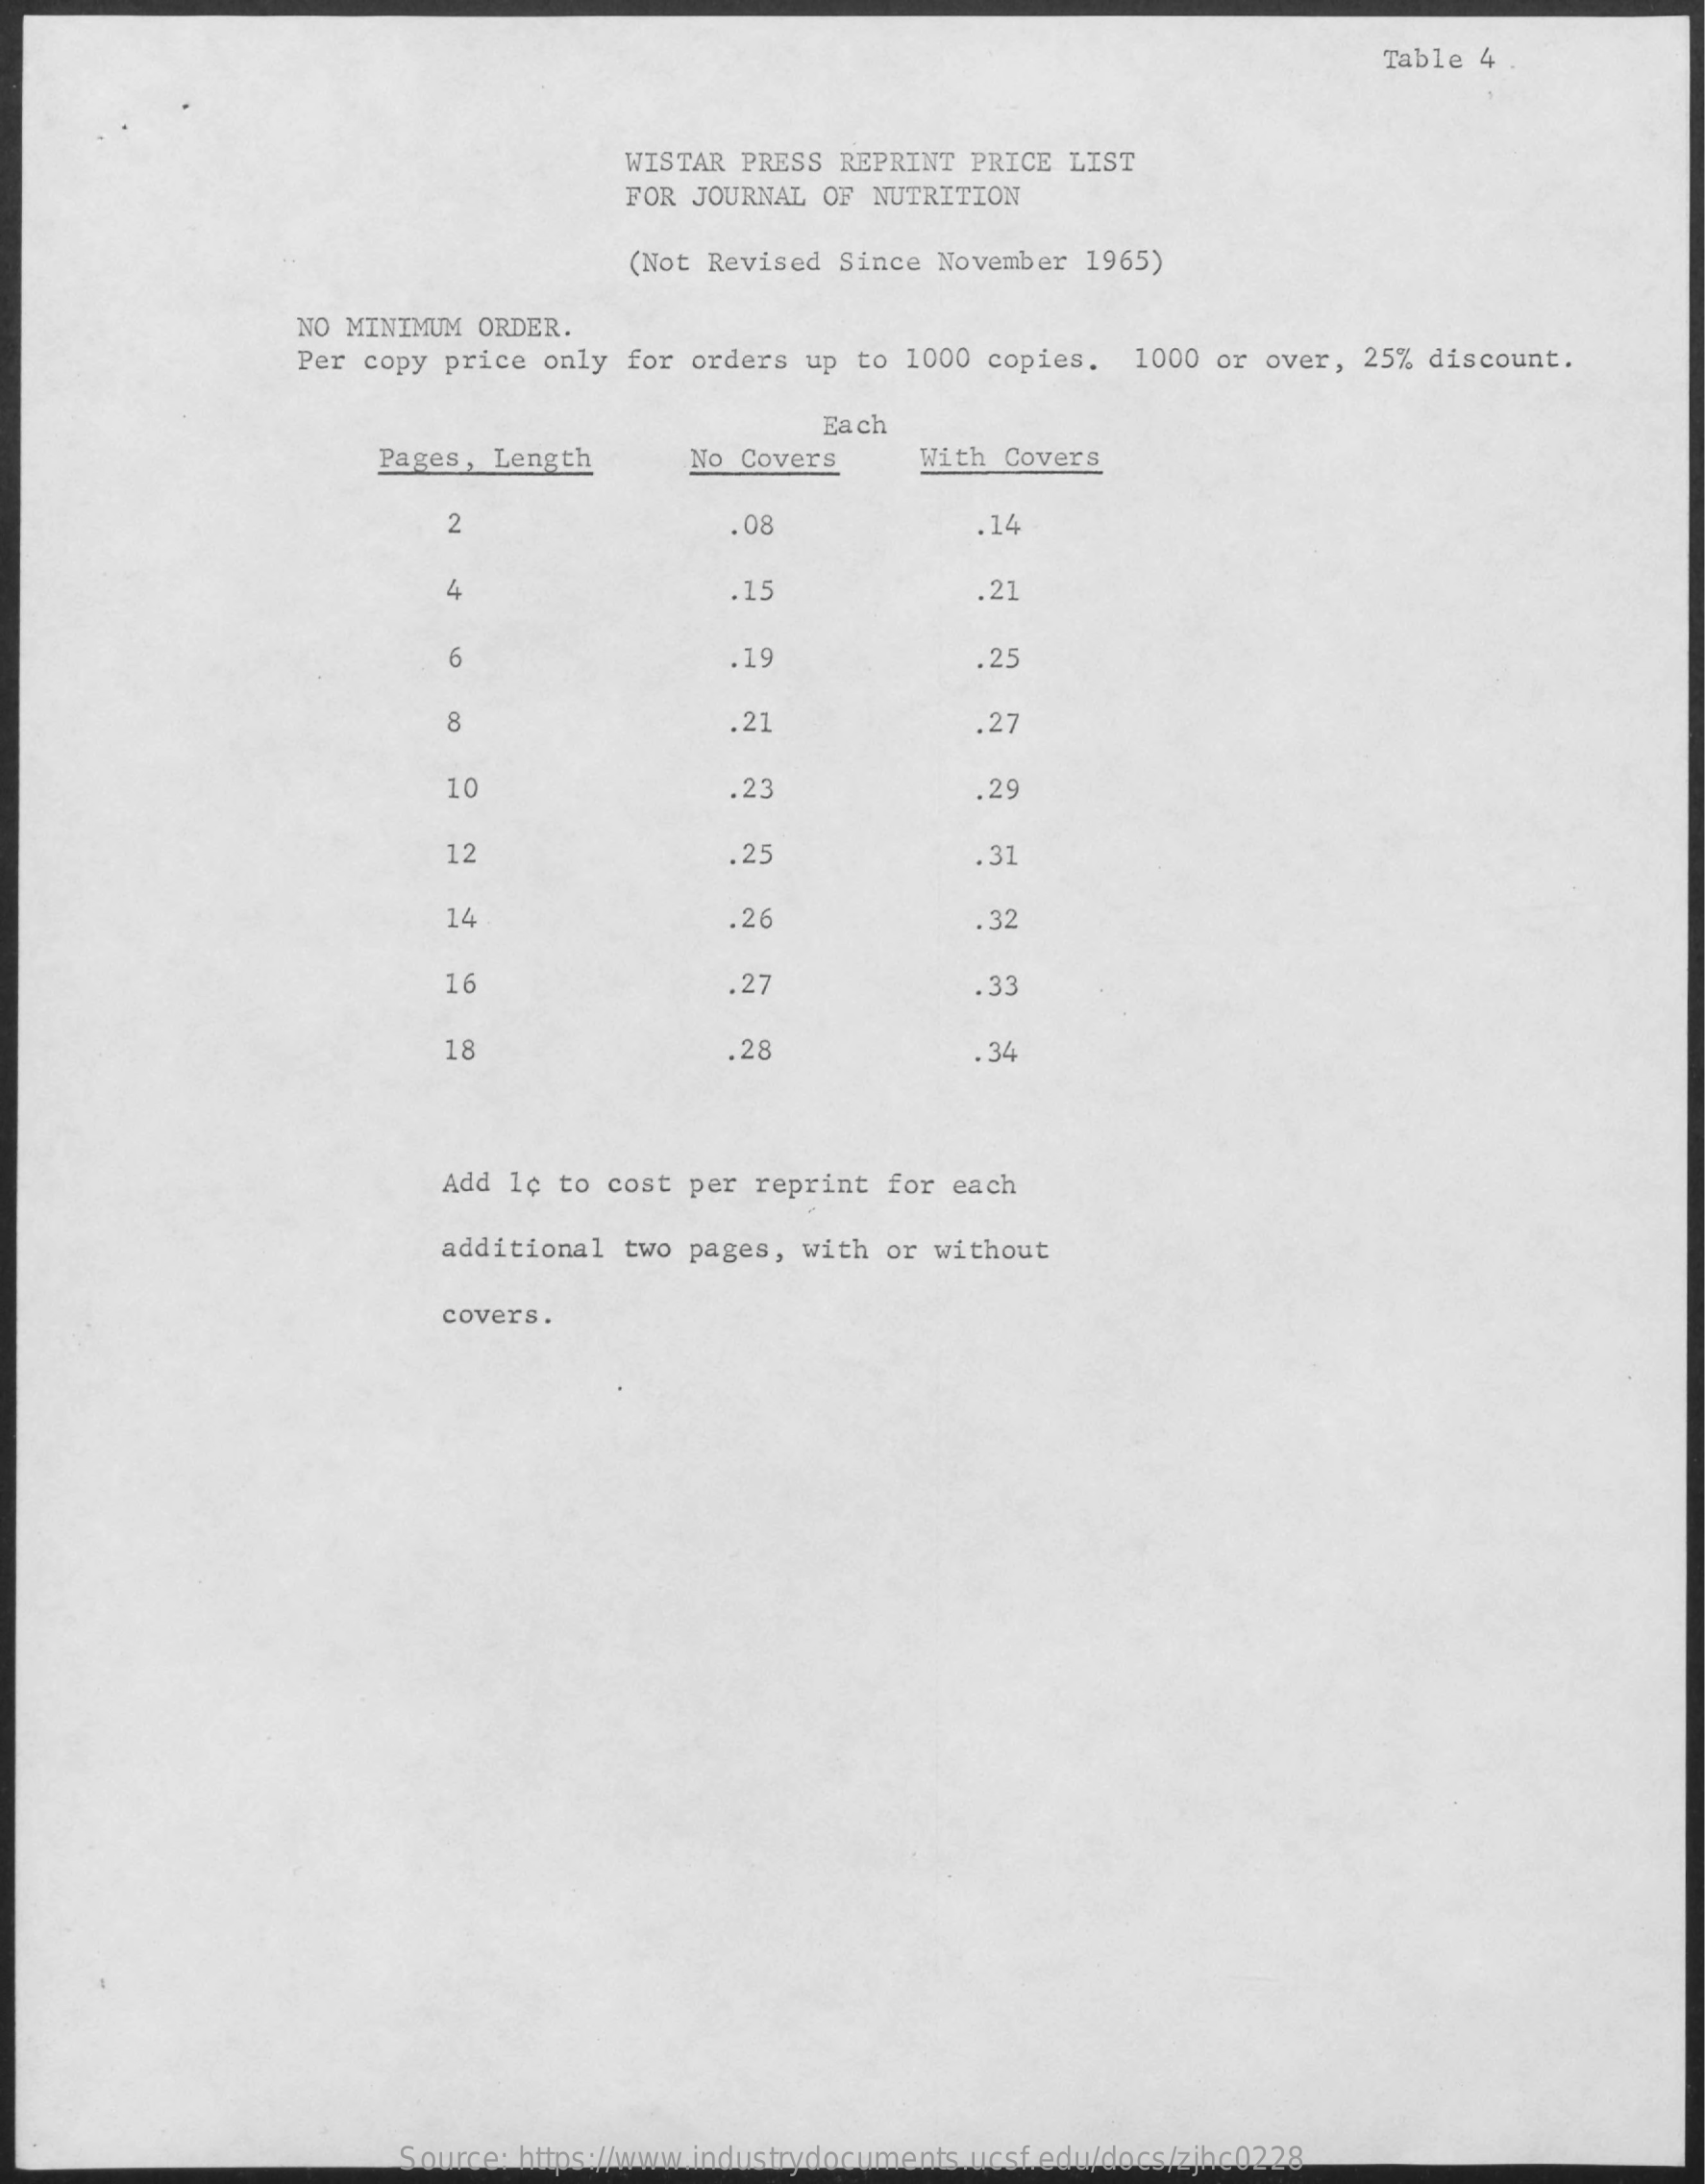
Table 4
     WISTAR PRESS REPRINT PRICE LIST
     FOR JOURNAL OF NUTRITION
     (Not Revised Since November 1965)
     NO MINIMUM ORDER.
     Per copy price only for orders up to 1000 copies. 1000 or over, 25% discount.
     Each
     Pages, Length  No Covers  With Covers
     2    08    14
     .15    21
     6    .19    .25
     8    .21    ,27
     10    23    .29
     12    .25    .31
     14    .26    . 32
     16    .27    .33
     18    .28    .34
     Add 1¢ to cost per reprint for each
     additional two pages, with or without
     covers.
     Source: https://www.industrydocuments.ucsf.edu/docs/zjhc0228